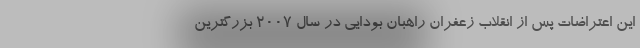
این اعتراضات پس از انقلاب زعفران راهبان بودایی‌ در سال 2007 بزرگترین